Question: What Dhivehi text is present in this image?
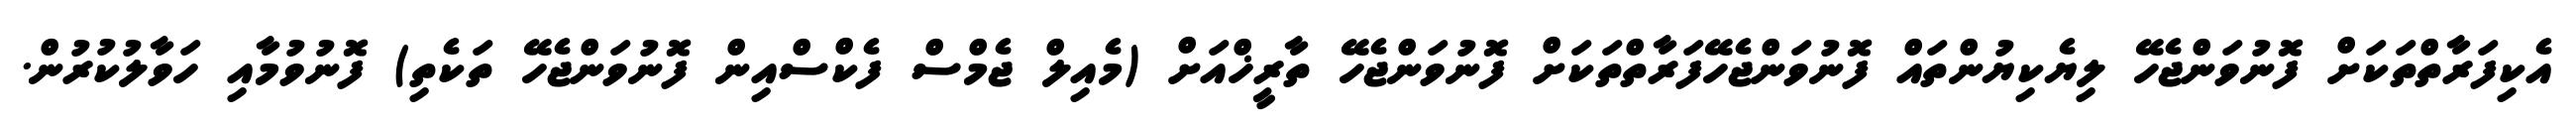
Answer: އެކިފަރާތްތަކަށް ފޮނުވަންޖެހޭ ލިޔެކިޔުންތައް ފޮނުވަންޖެހޭފަރާތްތަކަށް ފޮނުވަންޖެހޭ ތާރީޚްއަށް (މެއިލް ޖެމްސް ފެކްސްއިން ފޮނުވަންޖެހޭ ތަކެތި) ފޮނުވުމާއި ހަވާލުކުރުން.